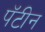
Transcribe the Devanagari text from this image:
पॅटीन